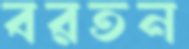
বরতন